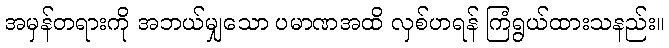
အမှန်တရားကို အဘယ်မျှသော ပမာဏအထိ လှစ်ဟရန် ကြံရွယ်ထားသနည်း။